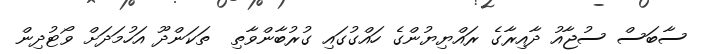
ސާބަސް ސުޖާއު ދާއިރާގެ ރައްޔިޔުންގެ ހައްގުގައި ގުރުބާންވާތި  ތަކަންދޫ އަހުމަދަށް ވޯޓުދިން